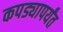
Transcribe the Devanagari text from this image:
कपड्यापर्यंत